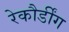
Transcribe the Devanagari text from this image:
रेकौर्डींग